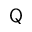
\mathsf Q